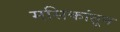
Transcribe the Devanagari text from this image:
मसिकांतून